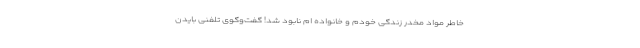
خاطر مواد مخدر زندگی خودم و خانواده ام نابود شد! گفت‌و‌گوی تلفنی بایدن